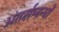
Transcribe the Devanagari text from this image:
अंतर्सम्बन्धों